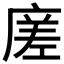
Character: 𭙭